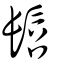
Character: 髫